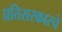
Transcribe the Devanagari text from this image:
प्रतिसरकारचे